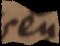
seu